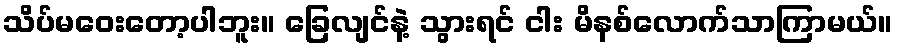
သိပ်မဝေးတော့ပါဘူး။ ခြေလျင်နဲ့ သွားရင် ငါး မိနစ်လောက်သာကြာမယ်။